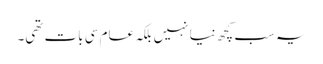
یہ سب کچھ نیا نہیں بلکہ عام سی بات تھی۔